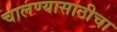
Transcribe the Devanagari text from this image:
चालण्यासाठीचा